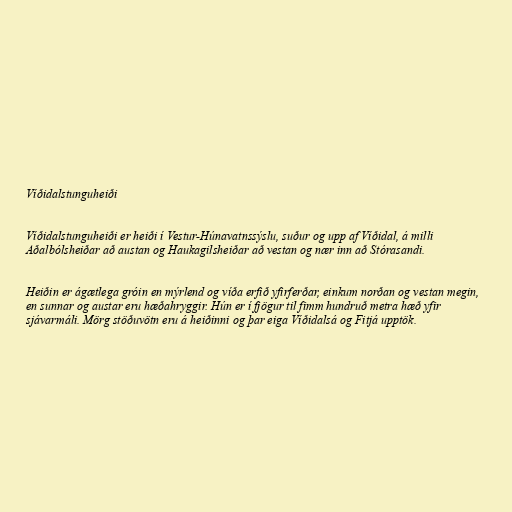
Víðidalstunguheiði

Víðidalstunguheiði er heiði í Vestur-Húnavatnssýslu, suður og upp af Víðidal, á milli
Aðalbólsheiðar að austan og Haukagilsheiðar að vestan og nær inn að Stórasandi.

Heiðin er ágætlega gróin en mýrlend og víða erfið yfirferðar, einkum norðan og vestan megin,
en sunnar og austar eru hæðahryggir. Hún er í fjögur til fimm hundruð metra hæð yfir
sjávarmáli. Mörg stöðuvötn eru á heiðinni og þar eiga Víðidalsá og Fitjá upptök.